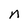
Character: n